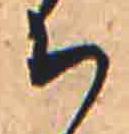
ち